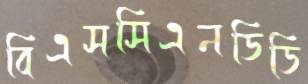
বিএসসিএনডিডি